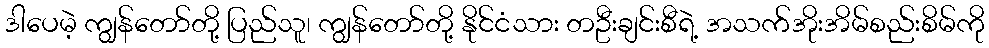
ဒါပေမဲ့ ကျွန်တော်တို့ ပြည်သူ၊ ကျွန်တော်တို့ နိုင်ငံသား တဦးချင်းစီရဲ့ အသက်အိုးအိမ်စည်းစိမ်ကို